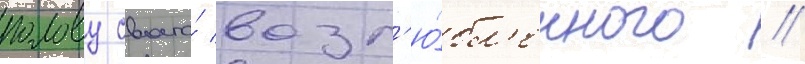
голову своего́ возл'ю́бл'енного //